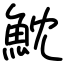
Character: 魫